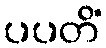
ပပတိံ